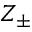
Z _ { \pm }